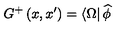
G ^ { + } \left( x , x ^ { \prime } \right) = \left\langle \Omega \right| \widehat { \phi }